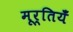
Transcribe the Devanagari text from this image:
मूर्तियँ